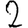
Digit: 2